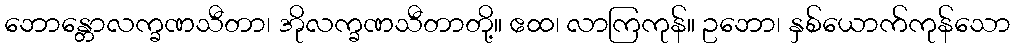
ဘောန္တောလက္ခဏသီတာ၊ အိုလက္ခဏသီတာတို့။ ဧထ၊ လာကြကုန်။ ဥဘော၊ နှစ်ယောက်ကုန်သော